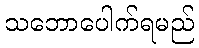
သဘောပေါက်ရမည်